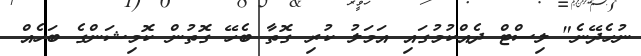
ނުހެދޭނެ" ލިސްޓް ދެއްކުމުގައި އަމަލު ކުރި ގޮތާ ބެހޭ ގޮތުން ކޮމިޝަންގެ ބަހެއް